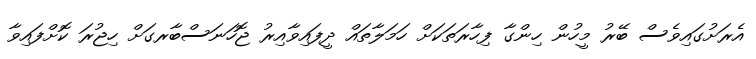
އެރަށުގައިވެސް ބޭރު މީހުން ހިންގާ ފިހާރަތަކަށް ހަމަލާތައް ދީފައިވާއިރު ޖޮހަނަސްބާރގަށް ހިޖުރަ ކޮށްފައިވާ